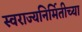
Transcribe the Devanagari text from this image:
स्वराज्यनिर्मितीच्या